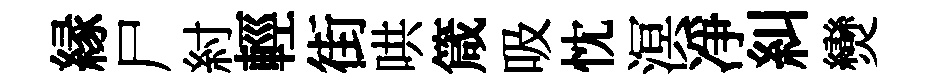
縁尸紂輕街哄箴吸忱溟凈糾𤓖